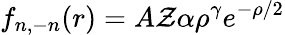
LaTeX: f_{n,-n}(r)=A\mathcal{Z}\alpha\rho^{\gamma}e^{-\rho/2}